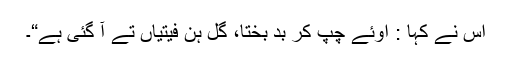
اس نے کہا : اوئے چپ کر بد بختا، گل ہن فیتیاں تے آ گئی ہے“۔